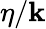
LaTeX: \eta/\mathbf{k}